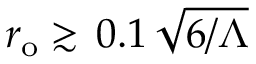
r _ { \mathrm { { o } } } \gtrsim \, 0 . 1 \, \sqrt { 6 / \Lambda }